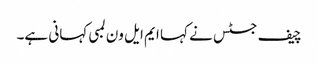
چیف جسٹس نے کہا ایم ایل ون لمبی کہانی ہے۔